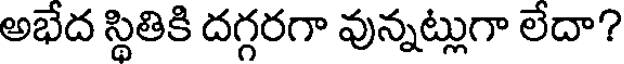
అభేద స్థితికి దగ్గరగా వున్నట్లుగా లేదా?